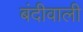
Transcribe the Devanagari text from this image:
बंदीवाली